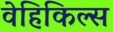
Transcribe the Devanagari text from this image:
वेहिकिल्स